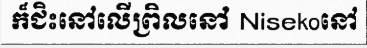
ក៏ជិះនៅលើព្រិលនៅ Nisekoនៅ